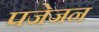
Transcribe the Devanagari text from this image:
पजेजन